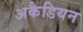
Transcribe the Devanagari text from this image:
अकैडियन